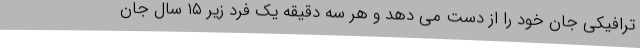
ترافیکی جان خود را از دست می دهد و هر سه دقیقه یک فرد زیر ۱۵ سال جان